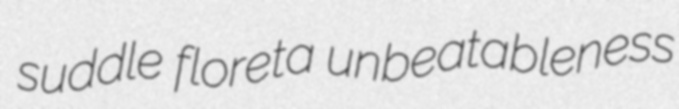
suddle floreta unbeatableness